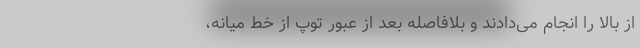
از بالا را انجام می‌دادند و بلافاصله بعد از عبور توپ از خط میانه،